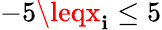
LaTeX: -5\leqx_{\mathbf{i}}\leq5